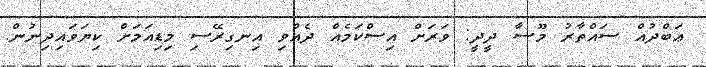
ޢަބްދުއް ސައްތާރު މޫސާ ދީދީ: ވަރަށް އިސްކަމެއް ދެއްވި އިނގިރޭސި މިޑިއަމަށް ކިޔަވައިދިނުން.